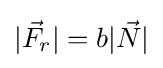
|{\vec {F}}_{r}|=b|{\vec {N}}|